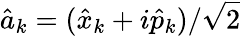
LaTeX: \hat{a}_{k}=(\hat{x}_{k}+i\hat{p}_{k})/\sqrt{2}